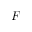
\boldsymbol { F }